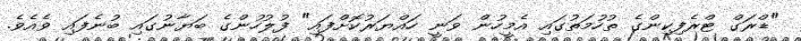
"ޑްރަގް ޓްރެފިކިންގެ ތުހުމަތުގައި އެމީހުން ވަނީ ހައްޔަރުކޮށްފައި" ފުލުހުންގެ ބަޔާނުގައި ބުނެފައި ވެއެވެ.